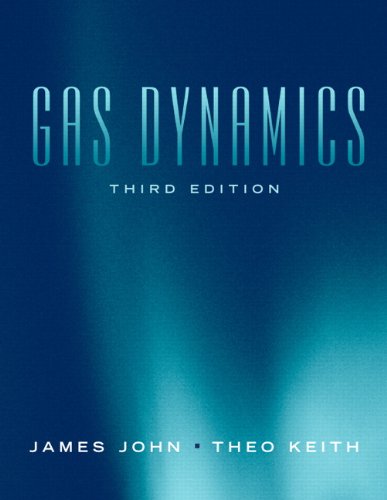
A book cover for Gas Dynamics (3rd Edition); James E.A. John; Engineering & Transportation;